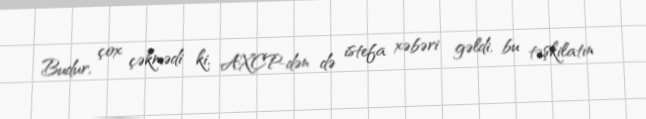
Budur, çox çəkmədi ki, AXCP-dən də istefa xəbəri gəldi, bu təşkilatın